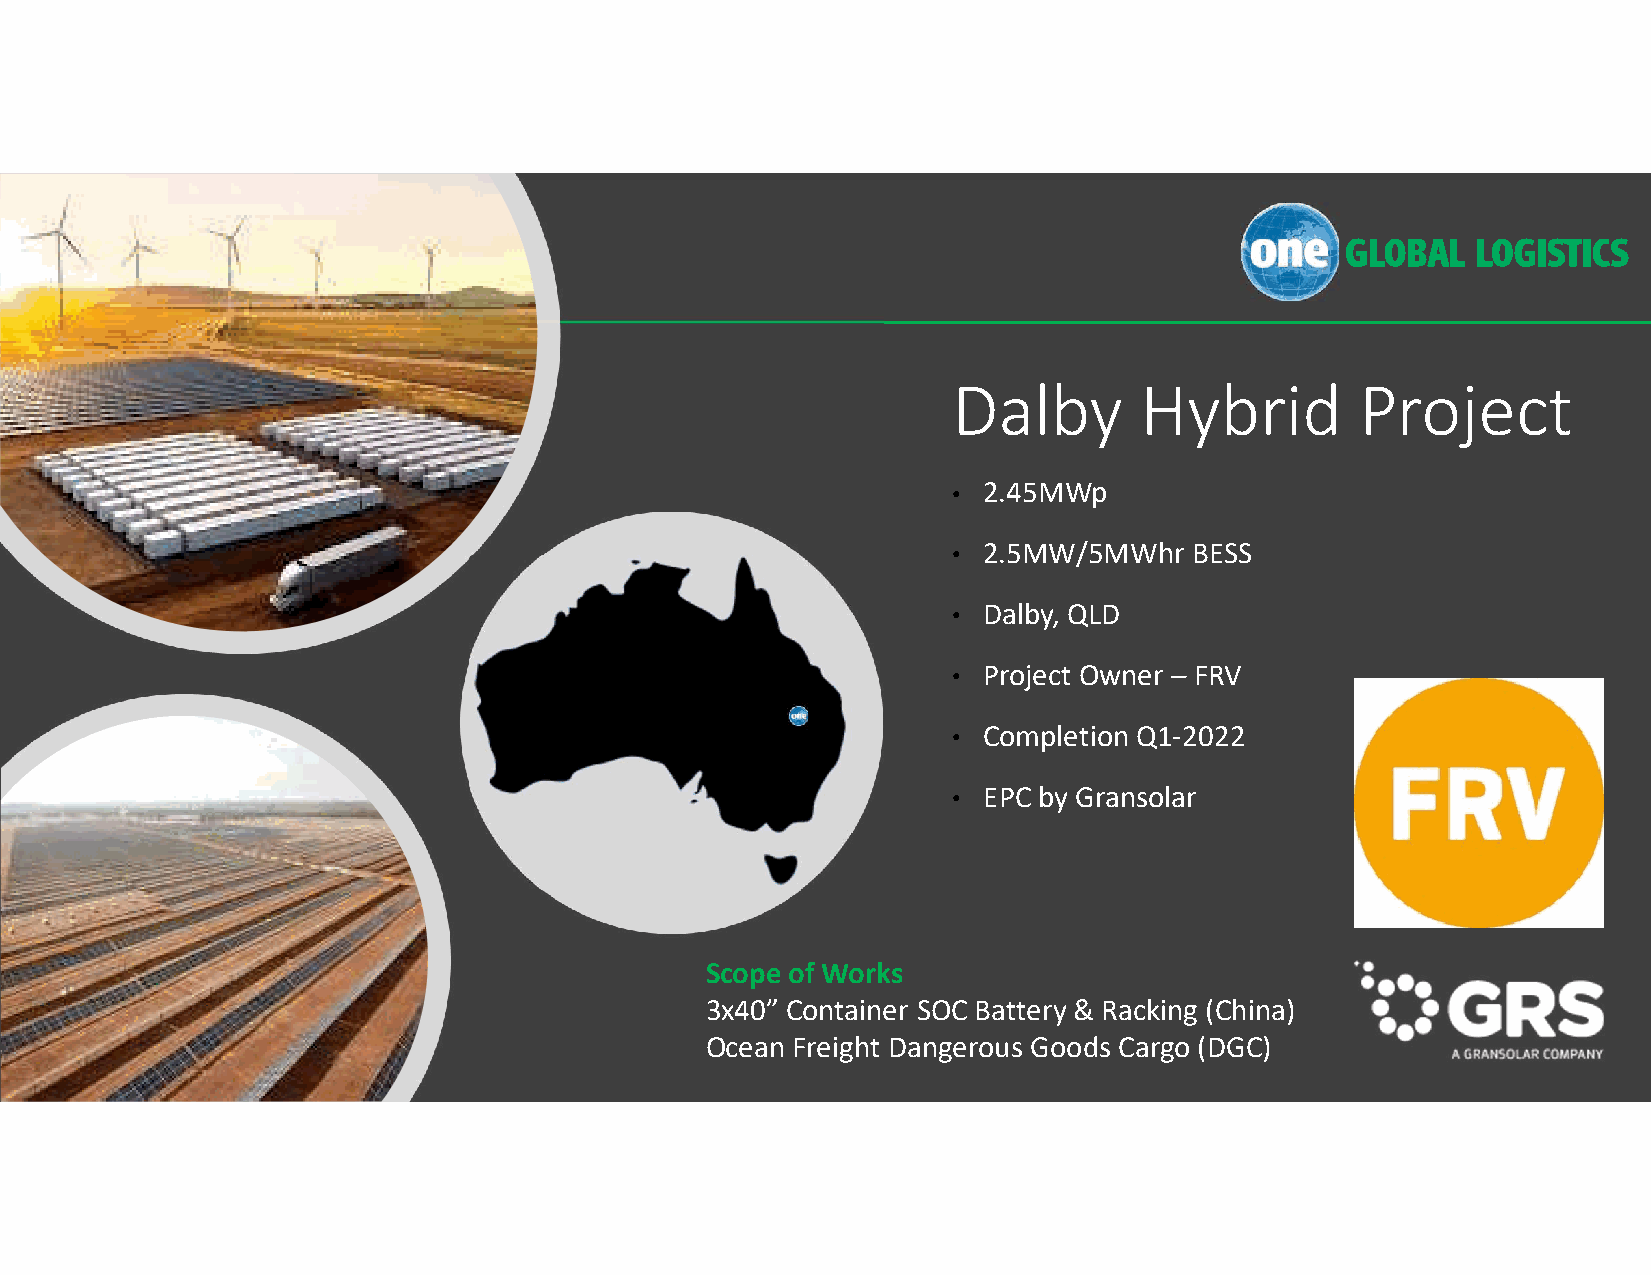
Dalby       Hybrid         Project
 • 2.45MWp
 • 2.5MW/5MWhr   BESS
 • Dalby, QLD
 • Project Owner – FRV
 • Completion Q1-2022
 • EPC by Gransolar
 Scope of Works
 3x40” Container SOC Battery & Racking (China)
 Ocean Freight Dangerous Goods Cargo (DGC)